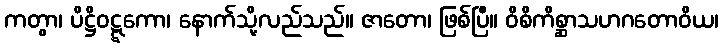
ကတွာ၊ ပိဋ္ဌိဝဋ္ဋကော၊ နောက်သို့လည်သည်။ ဇာတော၊ ဖြစ်ပြီ။ ဝိစိကိစ္ဆာသဟဂတောဝိယ၊